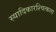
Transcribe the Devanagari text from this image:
स्यादिकारश्चित्कला